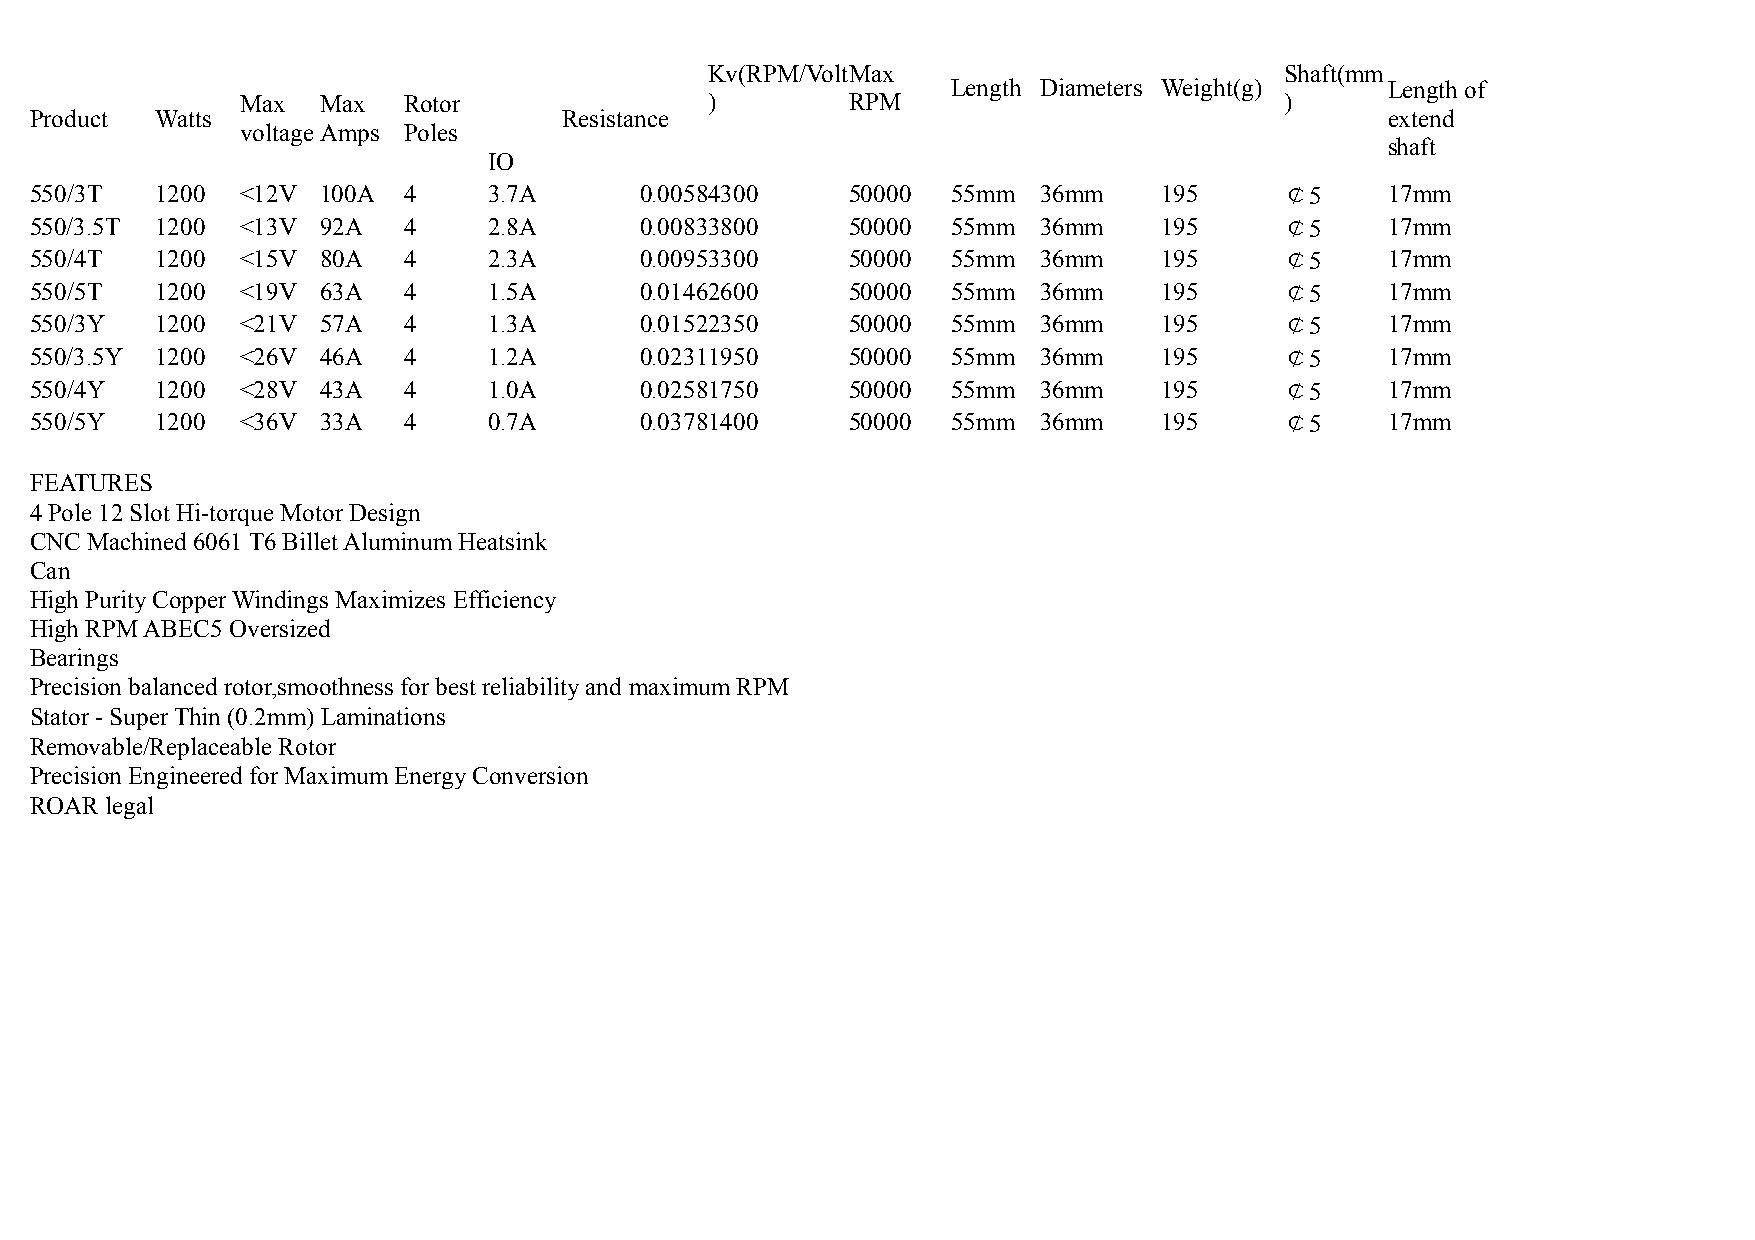
Kv(RPM/VoltMax                        Shaft(mm
 Length Diameters Weight(g)   Length of
 Max  Max   Rotor               )        RPM                          )
 Product Watts                      Resistance                                             extend
 voltageAmps Poles
 shaft
 IO
 550/3T  1200  <12V 100A  4    3.7A      0.00584300    50000  55mm  36mm    195     ￠5     17mm
 550/3.5T 1200 <13V 92A   4    2.8A      0.00833800    50000  55mm  36mm    195     ￠5     17mm
 550/4T  1200  <15V 80A   4    2.3A      0.00953300    50000  55mm  36mm    195     ￠5     17mm
 550/5T  1200  <19V 63A   4    1.5A      0.01462600    50000  55mm  36mm    195     ￠5     17mm
 550/3Y  1200  <21V 57A   4    1.3A      0.01522350    50000  55mm  36mm    195     ￠5     17mm
 550/3.5Y 1200 <26V 46A   4    1.2A      0.02311950    50000  55mm  36mm    195     ￠5     17mm
 550/4Y  1200  <28V 43A   4    1.0A      0.02581750    50000  55mm  36mm    195     ￠5     17mm
 550/5Y  1200  <36V 33A   4    0.7A      0.03781400    50000  55mm  36mm    195     ￠5     17mm
 FEATURES
 4 Pole 12 Slot Hi-torque Motor Design
 CNC Machined 6061 T6 Billet Aluminum Heatsink
 Can
 High Purity Copper Windings Maximizes Efficiency
 High RPM ABEC5 Oversized
 Bearings
 Precision balanced rotor,smoothness for best reliability and maximum RPM
 Stator - Super Thin (0.2mm) Laminations
 Removable/Replaceable Rotor
 Precision Engineered for Maximum Energy Conversion
 ROAR legal